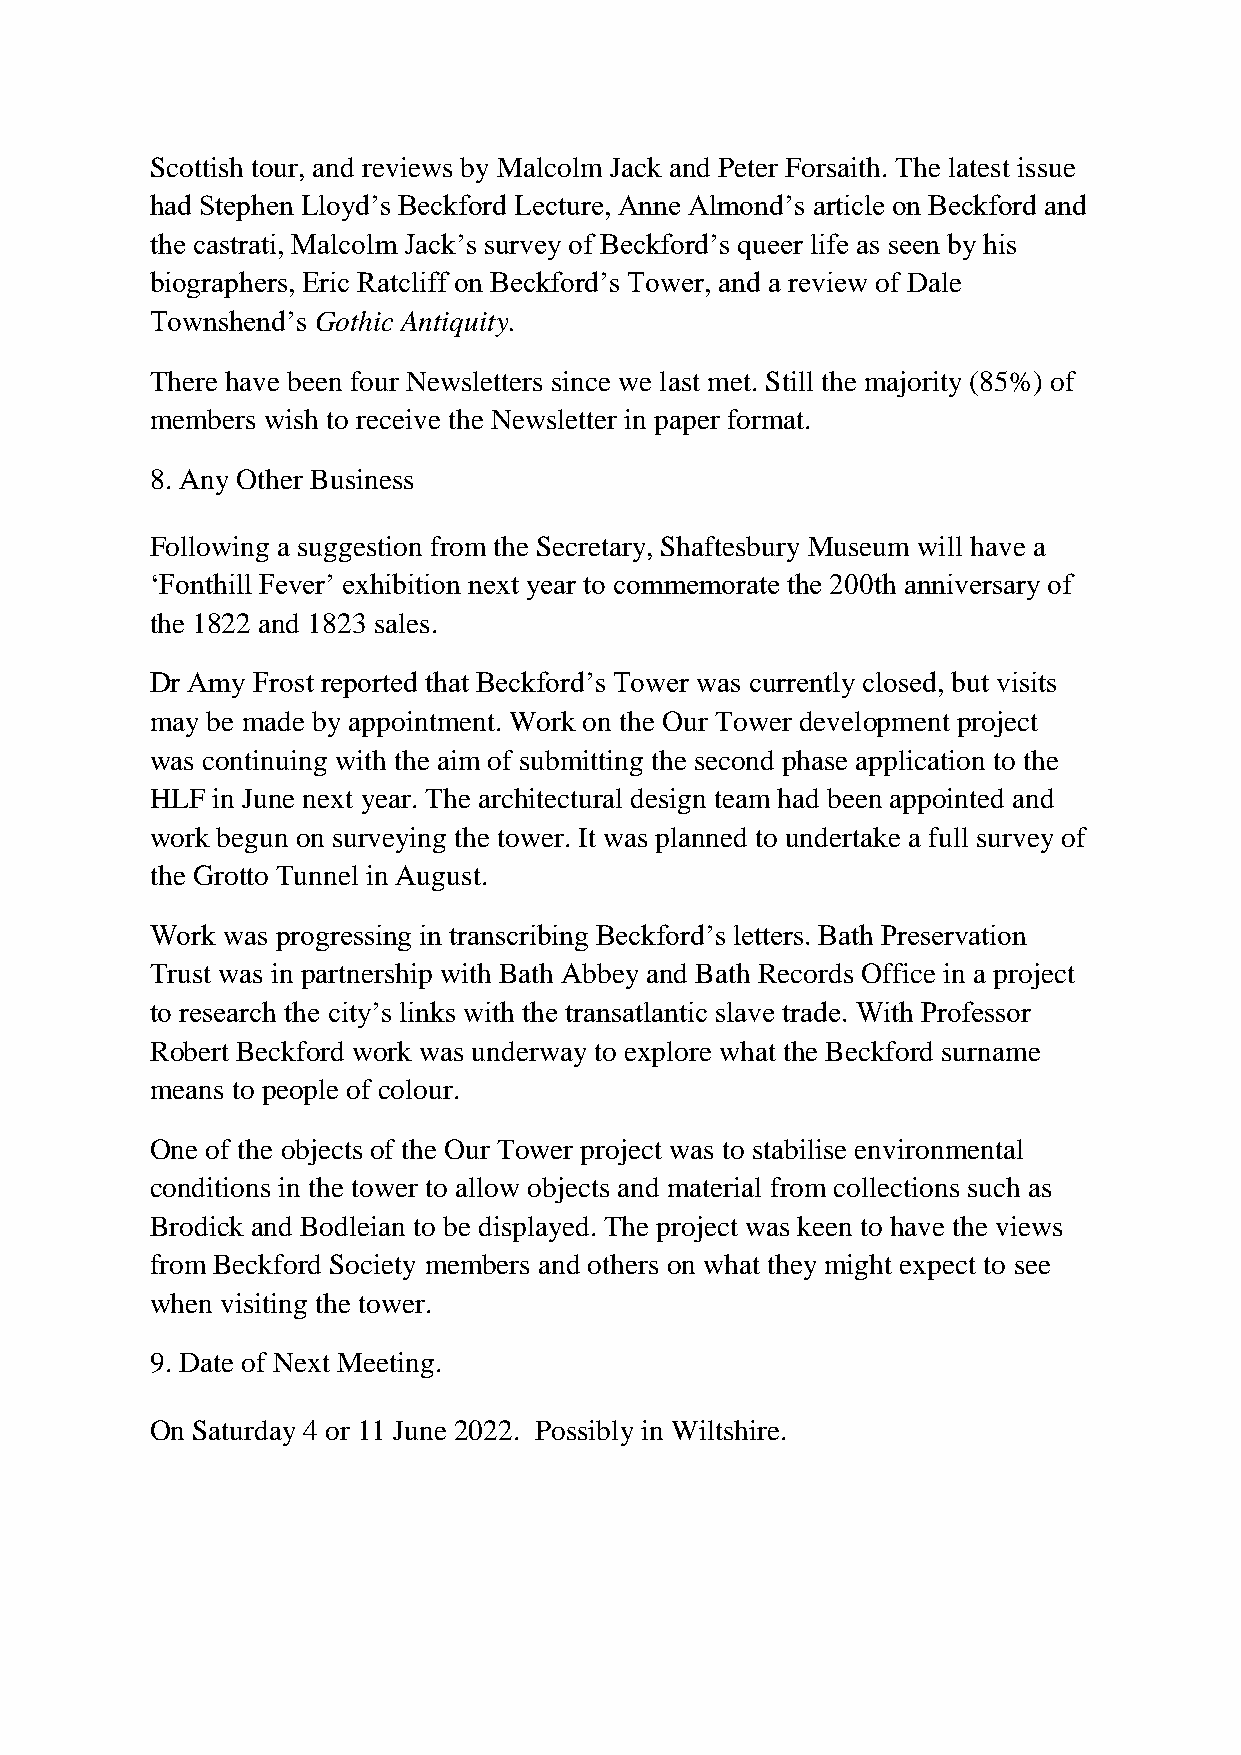
Scottish tour, and reviews by Malcolm Jack and Peter Forsaith. The latest issue
 had Stephen Lloyd’s Beckford Lecture, Anne Almond’s article on Beckford and
 the castrati, Malcolm Jack’s survey of Beckford’s queer life as seen by his
 biographers, Eric Ratcliff on Beckford’s Tower, and a review of Dale
 Townshend’s Gothic Antiquity.
 There have been four Newsletters since we last met. Still the majority (85%) of
 members wish to receive the Newsletter in paper format.
 8. Any Other Business
 Following a suggestion from the Secretary, Shaftesbury Museum will have a
 ‘Fonthill Fever’ exhibition next year to commemorate the 200th anniversary of
 the 1822 and 1823 sales.
 Dr Amy Frost reported that Beckford’s Tower was currently closed, but visits
 may be made by appointment. Work on the Our Tower development project
 was continuing with the aim of submitting the second phase application to the
 HLF in June next year. The architectural design team had been appointed and
 work begun on surveying the tower. It was planned to undertake a full survey of
 the Grotto Tunnel in August.
 Work was progressing in transcribing Beckford’s letters. Bath Preservation
 Trust was in partnership with Bath Abbey and Bath Records Office in a project
 to research the city’s links with the transatlantic slave trade. With Professor
 Robert Beckford work was underway to explore what the Beckford surname
 means to people of colour.
 One of the objects of the Our Tower project was to stabilise environmental
 conditions in the tower to allow objects and material from collections such as
 Brodick and Bodleian to be displayed. The project was keen to have the views
 from Beckford Society members and others on what they might expect to see
 when visiting the tower.
 9. Date of Next Meeting.
 On Saturday 4 or 11 June 2022. Possibly in Wiltshire.